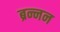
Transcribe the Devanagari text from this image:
ब्रन्नन